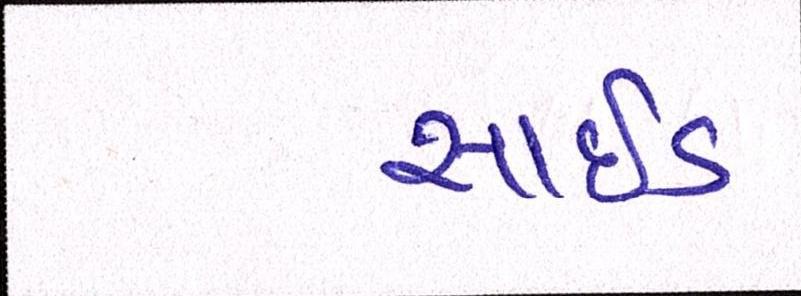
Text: સાઈડ